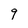
Character: 9